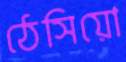
ঠেসিয়ো